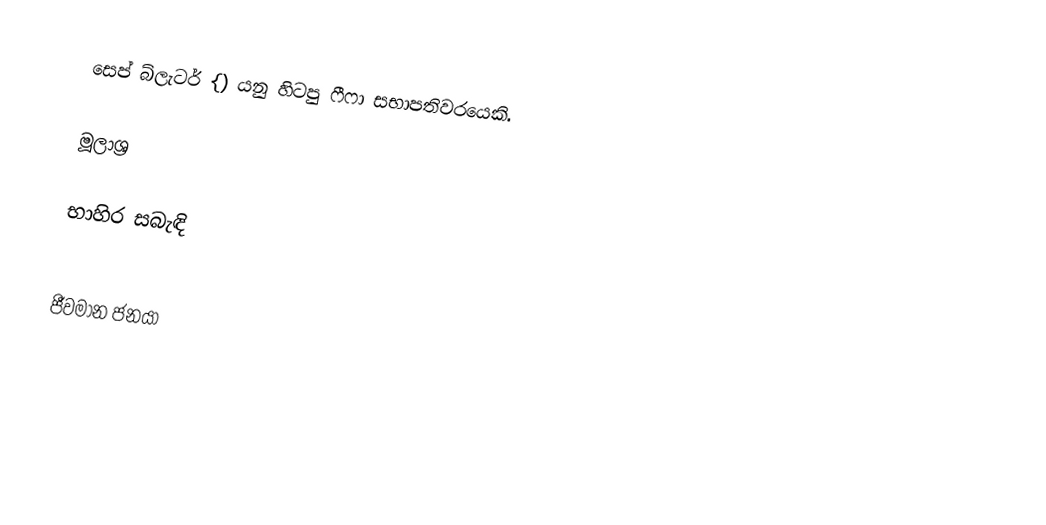
සෙප් බ්ලැටර් {) යනු හිටපු ෆීෆා සභාපතිවරයෙකි.

මූලාශ්‍ර

භාහිර සබැඳි

ජීවමාන ජනයා